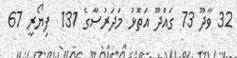
32 ވާދޫ 73 ގައްދޫ އަތޮޅު މަދަރުސާގެ 131  ފިޔޯރީ 67